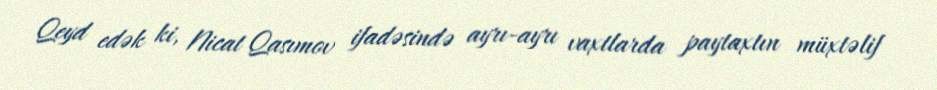
Qeyd edək ki, Nicat Qasımov ifadəsində ayrı-ayrı vaxtlarda paytaxtın müxtəlif